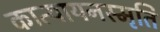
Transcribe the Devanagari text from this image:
कात्यायनस्मृति